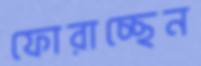
ফোরাচ্ছেন